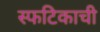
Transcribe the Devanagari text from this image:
स्फटिकाची